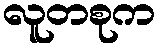
လူတစုက